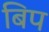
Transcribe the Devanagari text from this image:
बिप